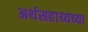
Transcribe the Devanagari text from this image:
अर्थसहाय्यच्या